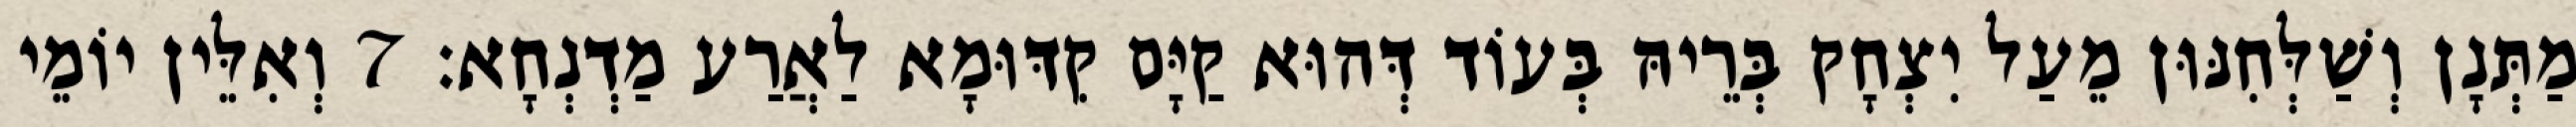
מַתְּנָן וְשַׁלְּחִנּוּן מֵעַל יִצְחָק בְּרֵיהּ בְּעוֹד דְּהוּא קַיָּם קִדּוּמָא לַאֲרַע מַדְנְחָא׃ 7 וְאִלֵּין יוֹמֵי